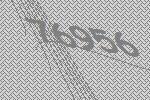
76956